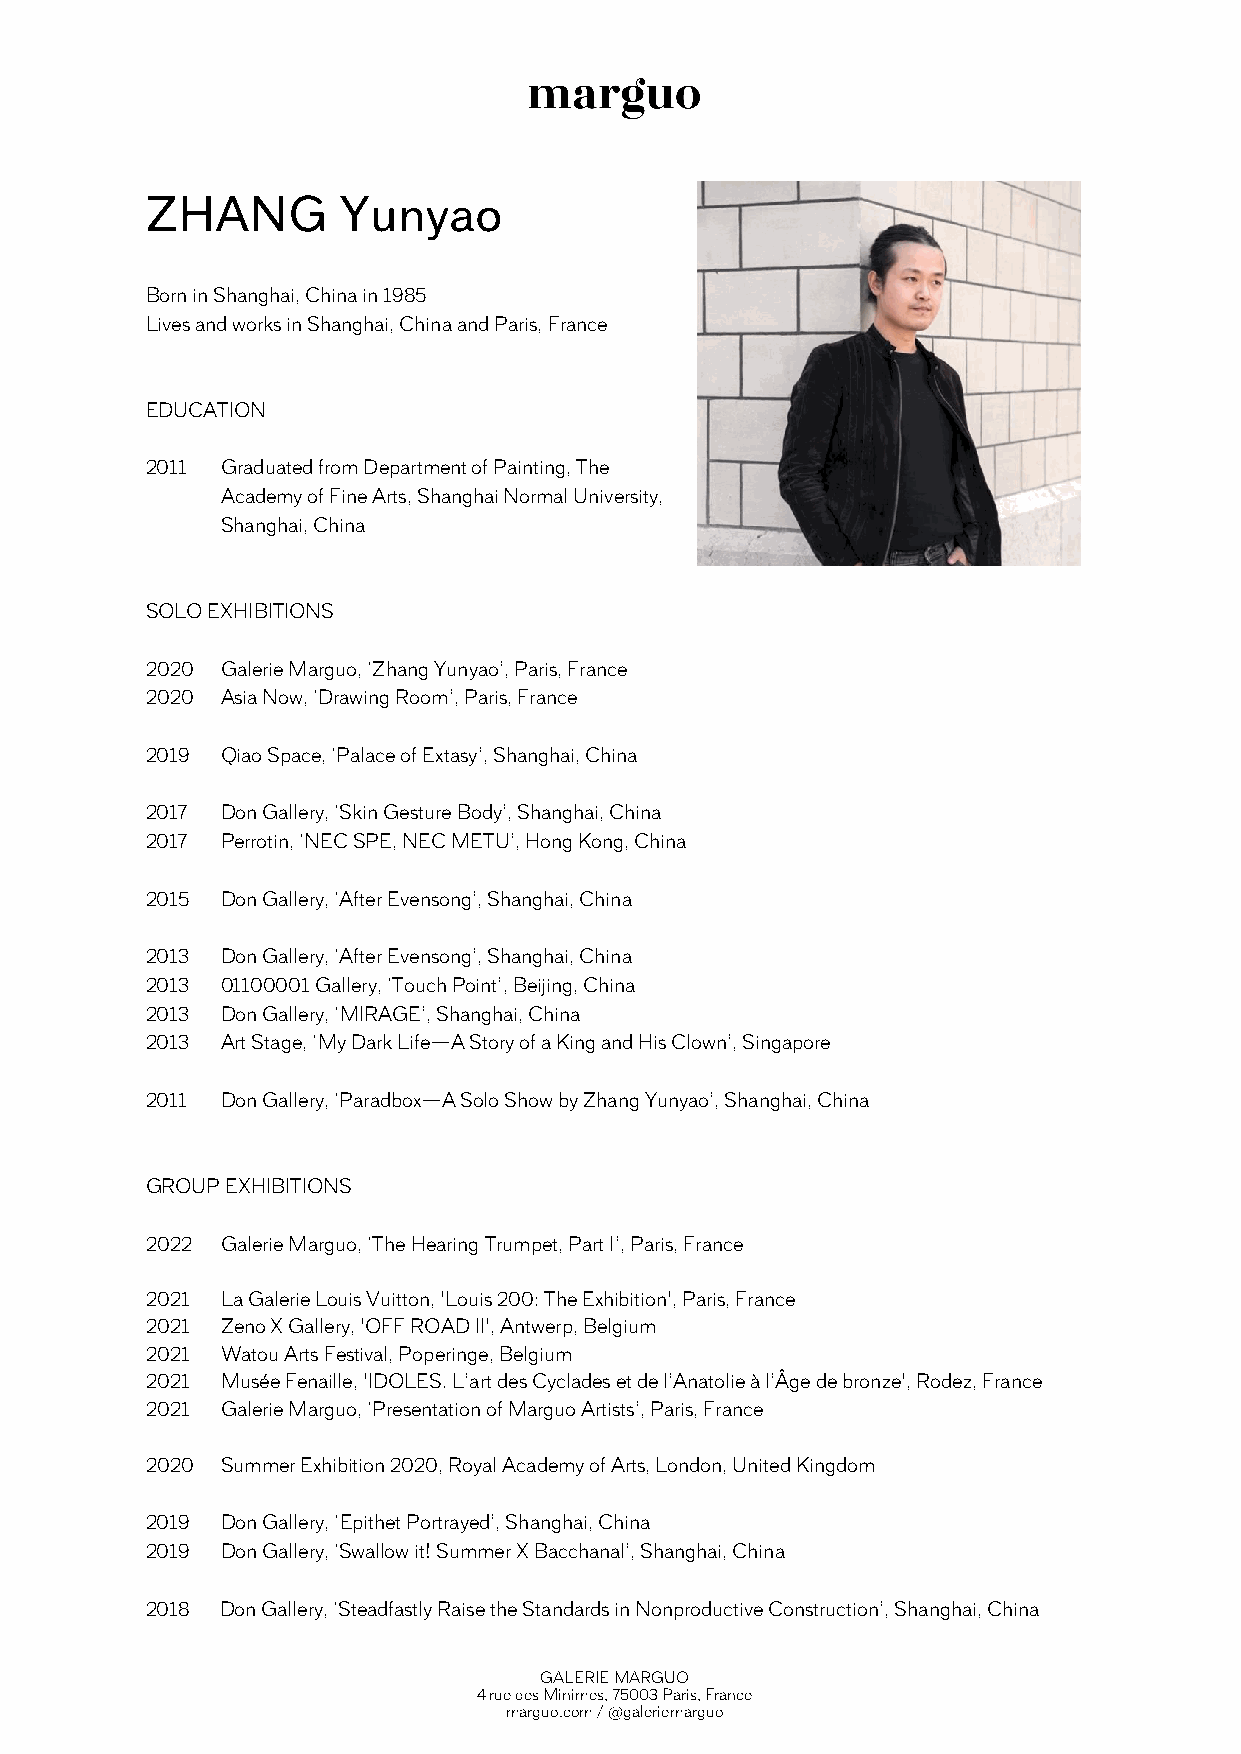
ZHANG       Yunyao
 Born in Shanghai, China in 1985
 Lives and works in Shanghai, China and Paris, France
 EDUCATION
 2011 Graduated from Department of Painting, The
 Academy of Fine Arts, Shanghai Normal University,
 Shanghai, China
 SOLO EXHIBITIONS
 2020 Galerie Marguo, ‘Zhang Yunyao’, Paris, France
 2020 Asia Now, ‘Drawing Room’, Paris, France
 2019 Qiao Space, ‘Palace of Extasy’, Shanghai, China
 2017 Don Gallery, ‘Skin Gesture Body’, Shanghai, China
 2017 Perrotin, ‘NEC SPE, NEC METU’, Hong Kong, China
 2015 Don Gallery, ‘After Evensong’, Shanghai, China
 2013 Don Gallery, ‘After Evensong’, Shanghai, China
 2013 01100001 Gallery, ‘Touch Point’, Beijing, China
 2013 Don Gallery, ‘MIRAGE’, Shanghai, China
 2013 Art Stage, ‘My Dark Life—A Story of a King and His Clown’, Singapore
 2011 Don Gallery, ‘Paradbox—A Solo Show by Zhang Yunyao’, Shanghai, China
 GROUP EXHIBITIONS
 2022 Galerie Marguo, ‘The Hearing Trumpet, Part I’, Paris, France
 2021 La Galerie Louis Vuitton, 'Louis 200: The Exhibition', Paris, France
 2021 Zeno X Gallery, 'OFF ROAD II', Antwerp, Belgium
 2021 Watou Arts Festival, Poperinge, Belgium
 2021 Musée Fenaille, 'IDOLES. L’art des Cyclades et de l’Anatolie à l’Âge de bronze', Rodez, France
 2021 Galerie Marguo, ‘Presentation of Marguo Artists’, Paris, France
 2020 Summer Exhibition 2020, Royal Academy of Arts, London, United Kingdom
 2019 Don Gallery, ‘Epithet Portrayed’, Shanghai, China
 2019 Don Gallery, ‘Swallow it! Summer X Bacchanal’, Shanghai, China
 2018 Don Gallery, ‘Steadfastly Raise the Standards in Nonproductive Construction’, Shanghai, China
 GALERIE MARGUO
 4 rue des Minimes, 75003 Paris, France
 marguo.com / @galeriemarguo